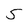
Character: 5